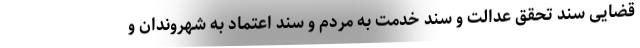
قضایی سند تحقق عدالت و سند خدمت به مردم و سند اعتماد به شهروندان و